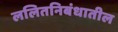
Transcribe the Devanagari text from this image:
ललितनिबंधातील